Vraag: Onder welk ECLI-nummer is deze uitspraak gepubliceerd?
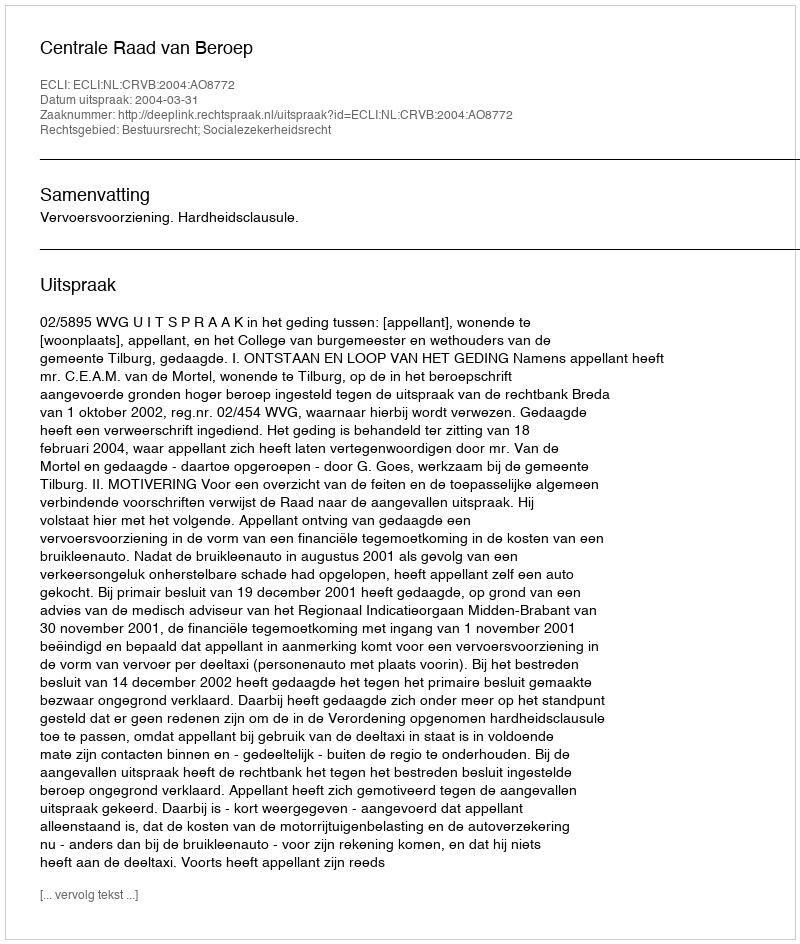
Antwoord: ECLI:NL:CRVB:2004:AO8772